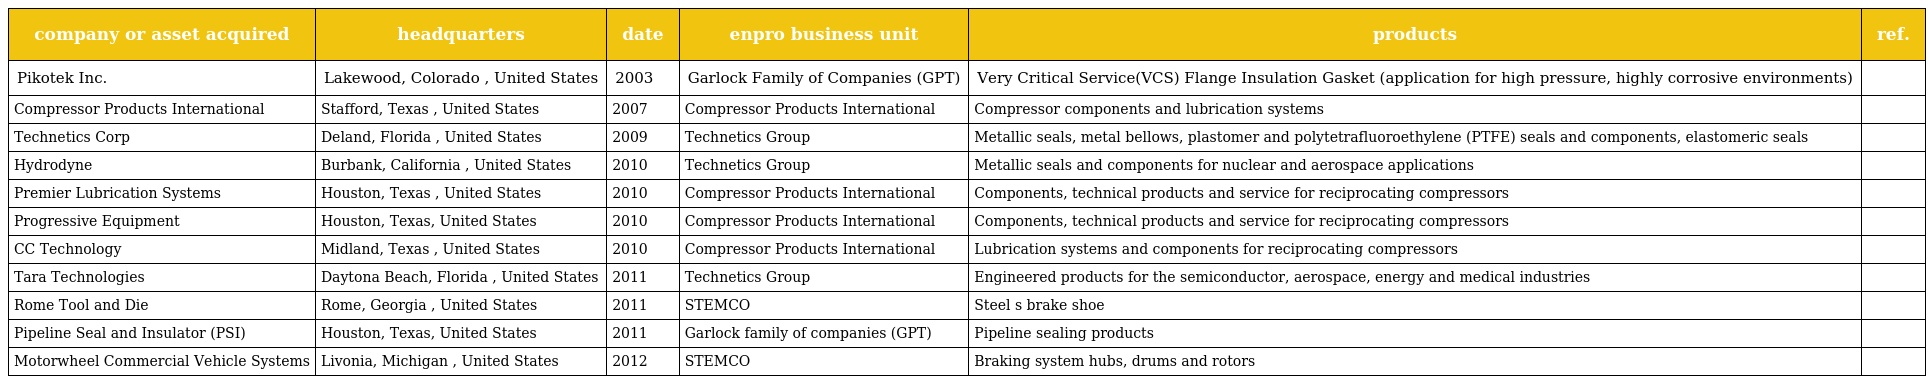
| company or asset acquired | headquarters | date | enpro business unit | products | ref. |
 | --- | --- | --- | --- | --- | --- |
 | Pikotek Inc. | Lakewood, Colorado , United States | 2003 | Garlock Family of Companies (GPT) | Very Critical Service(VCS) Flange Insulation Gasket (application for high pressure, highly corrosive environments) |  |
 | Compressor Products International | Stafford, Texas , United States | 2007 | Compressor Products International | Compressor components and lubrication systems |  |
 | Technetics Corp | Deland, Florida , United States | 2009 | Technetics Group | Metallic seals, metal bellows, plastomer and polytetrafluoroethylene (PTFE) seals and components, elastomeric seals |  |
 | Hydrodyne | Burbank, California , United States | 2010 | Technetics Group | Metallic seals and components for nuclear and aerospace applications |  |
 | Premier Lubrication Systems | Houston, Texas , United States | 2010 | Compressor Products International | Components, technical products and service for reciprocating compressors |  |
 | Progressive Equipment | Houston, Texas, United States | 2010 | Compressor Products International | Components, technical products and service for reciprocating compressors |  |
 | CC Technology | Midland, Texas , United States | 2010 | Compressor Products International | Lubrication systems and components for reciprocating compressors |  |
 | Tara Technologies | Daytona Beach, Florida , United States | 2011 | Technetics Group | Engineered products for the semiconductor, aerospace, energy and medical industries |  |
 | Rome Tool and Die | Rome, Georgia , United States | 2011 | STEMCO | Steel s brake shoe |  |
 | Pipeline Seal and Insulator (PSI) | Houston, Texas, United States | 2011 | Garlock family of companies (GPT) | Pipeline sealing products |  |
 | Motorwheel Commercial Vehicle Systems | Livonia, Michigan , United States | 2012 | STEMCO | Braking system hubs, drums and rotors |  |